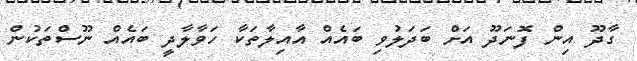
ގާދޫ އިން ފޮނަދޫ އަށް ބަދަލުވި ބައެއް އާއިލާތަކާ ހަވާލާދީ ބައެއް ނޫސްތަކުން